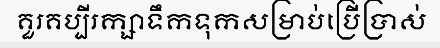
គួរគប្បីរក្សាទឹកទុកសម្រាប់ប្រើប្រាស់